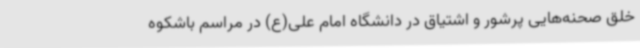
خلق صحنه‌هایی پرشور و اشتیاق در دانشگاه امام علی(ع) در مراسم باشکوه